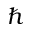
\hbar